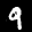
Label: 9